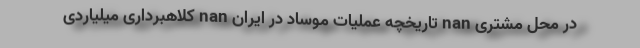
در محل مشتری nan تاریخچه عملیات موساد در ایران nan کلاهبرداری میلیاردی